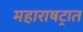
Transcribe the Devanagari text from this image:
महाराषट्रात